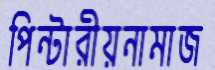
পিন্টারীয়নামাজ